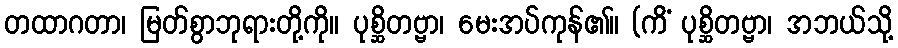
တထာဂတာ၊ မြတ်စွာဘုရားတို့ကို။ ပုစ္ဆိတဗ္ဗာ၊ မေးအပ်ကုန်၏။ (ကိံ ပုစ္ဆိတဗ္ဗာ၊ အဘယ်သို့